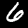
Label: 6